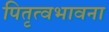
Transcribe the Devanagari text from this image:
पितृत्वभावना